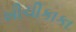
ખીચીકાકા